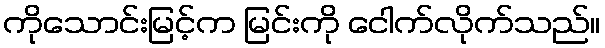
ကိုသောင်းမြင့်က မြင်းကို ငေါက်လိုက်သည်။